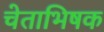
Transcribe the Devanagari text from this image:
चेताभिषक